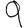
Digit: 9